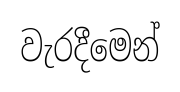
වැරදීමෙන්